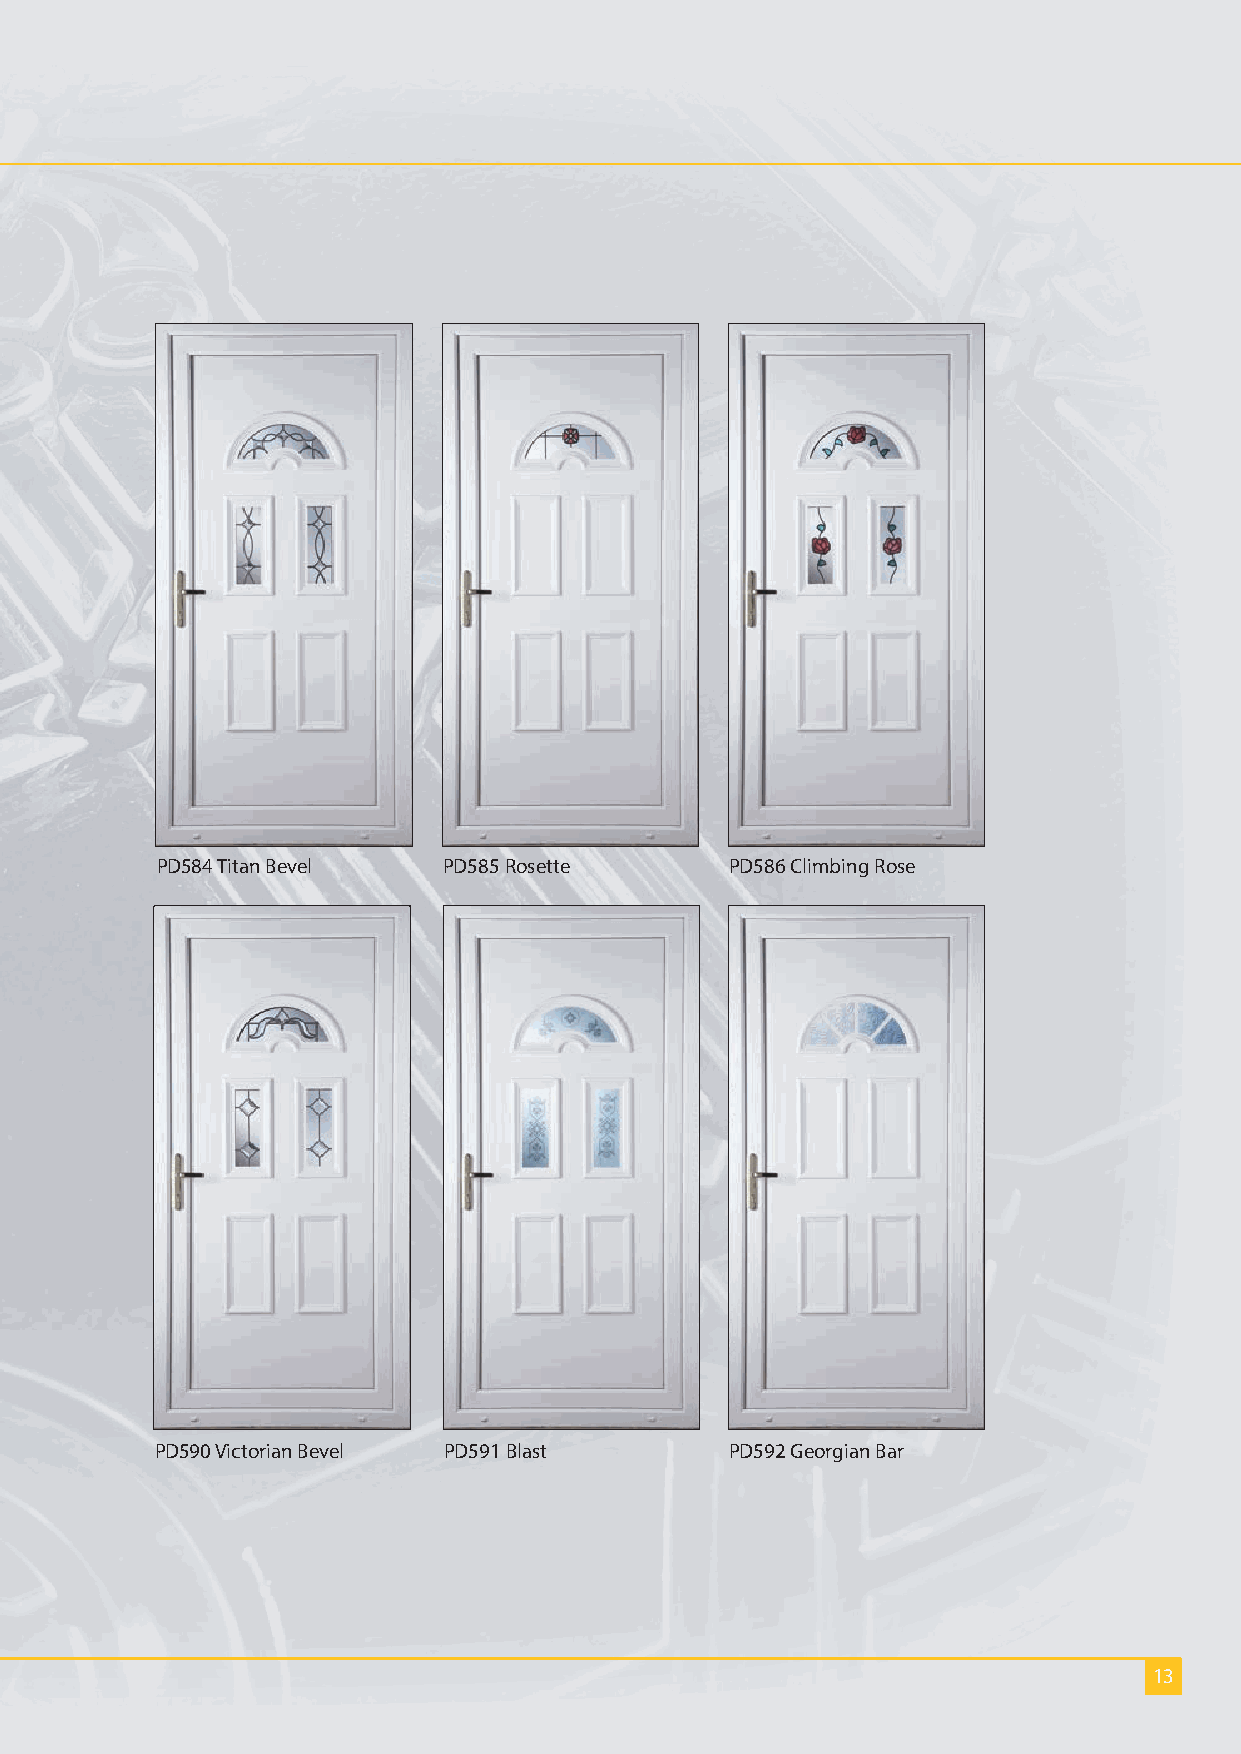
PD584 Titan Bevel  PD585 Rosette      PD586 Climbing Rose
 PD590 Victorian Bevel PD591 Blast     PD592 Georgian Bar
 13